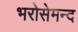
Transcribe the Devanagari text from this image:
भरोसेमन्द